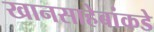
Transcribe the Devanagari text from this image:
खानसाहेबांकडे